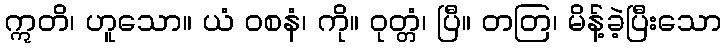
ဣတိ၊ ဟူသော။ ယံ ဝစနံ၊ ကို။ ဝုတ္တံ၊ ပြီ။ တတြ၊ မိန့်ခဲ့ပြီးသော